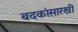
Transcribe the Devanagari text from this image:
बदकांसारखी